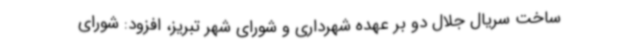
ساخت سریال جلال دو بر عهده شهرداری و شورای شهر تبریز، افزود: شورای